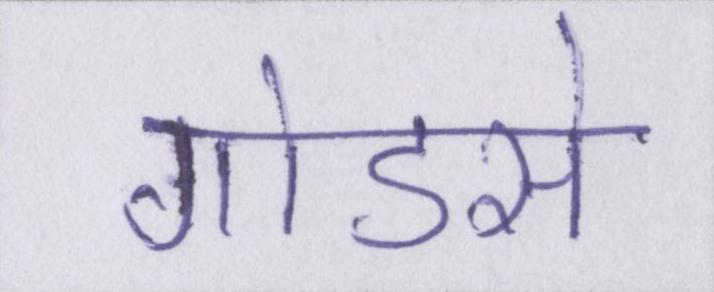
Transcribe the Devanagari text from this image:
गोडसे